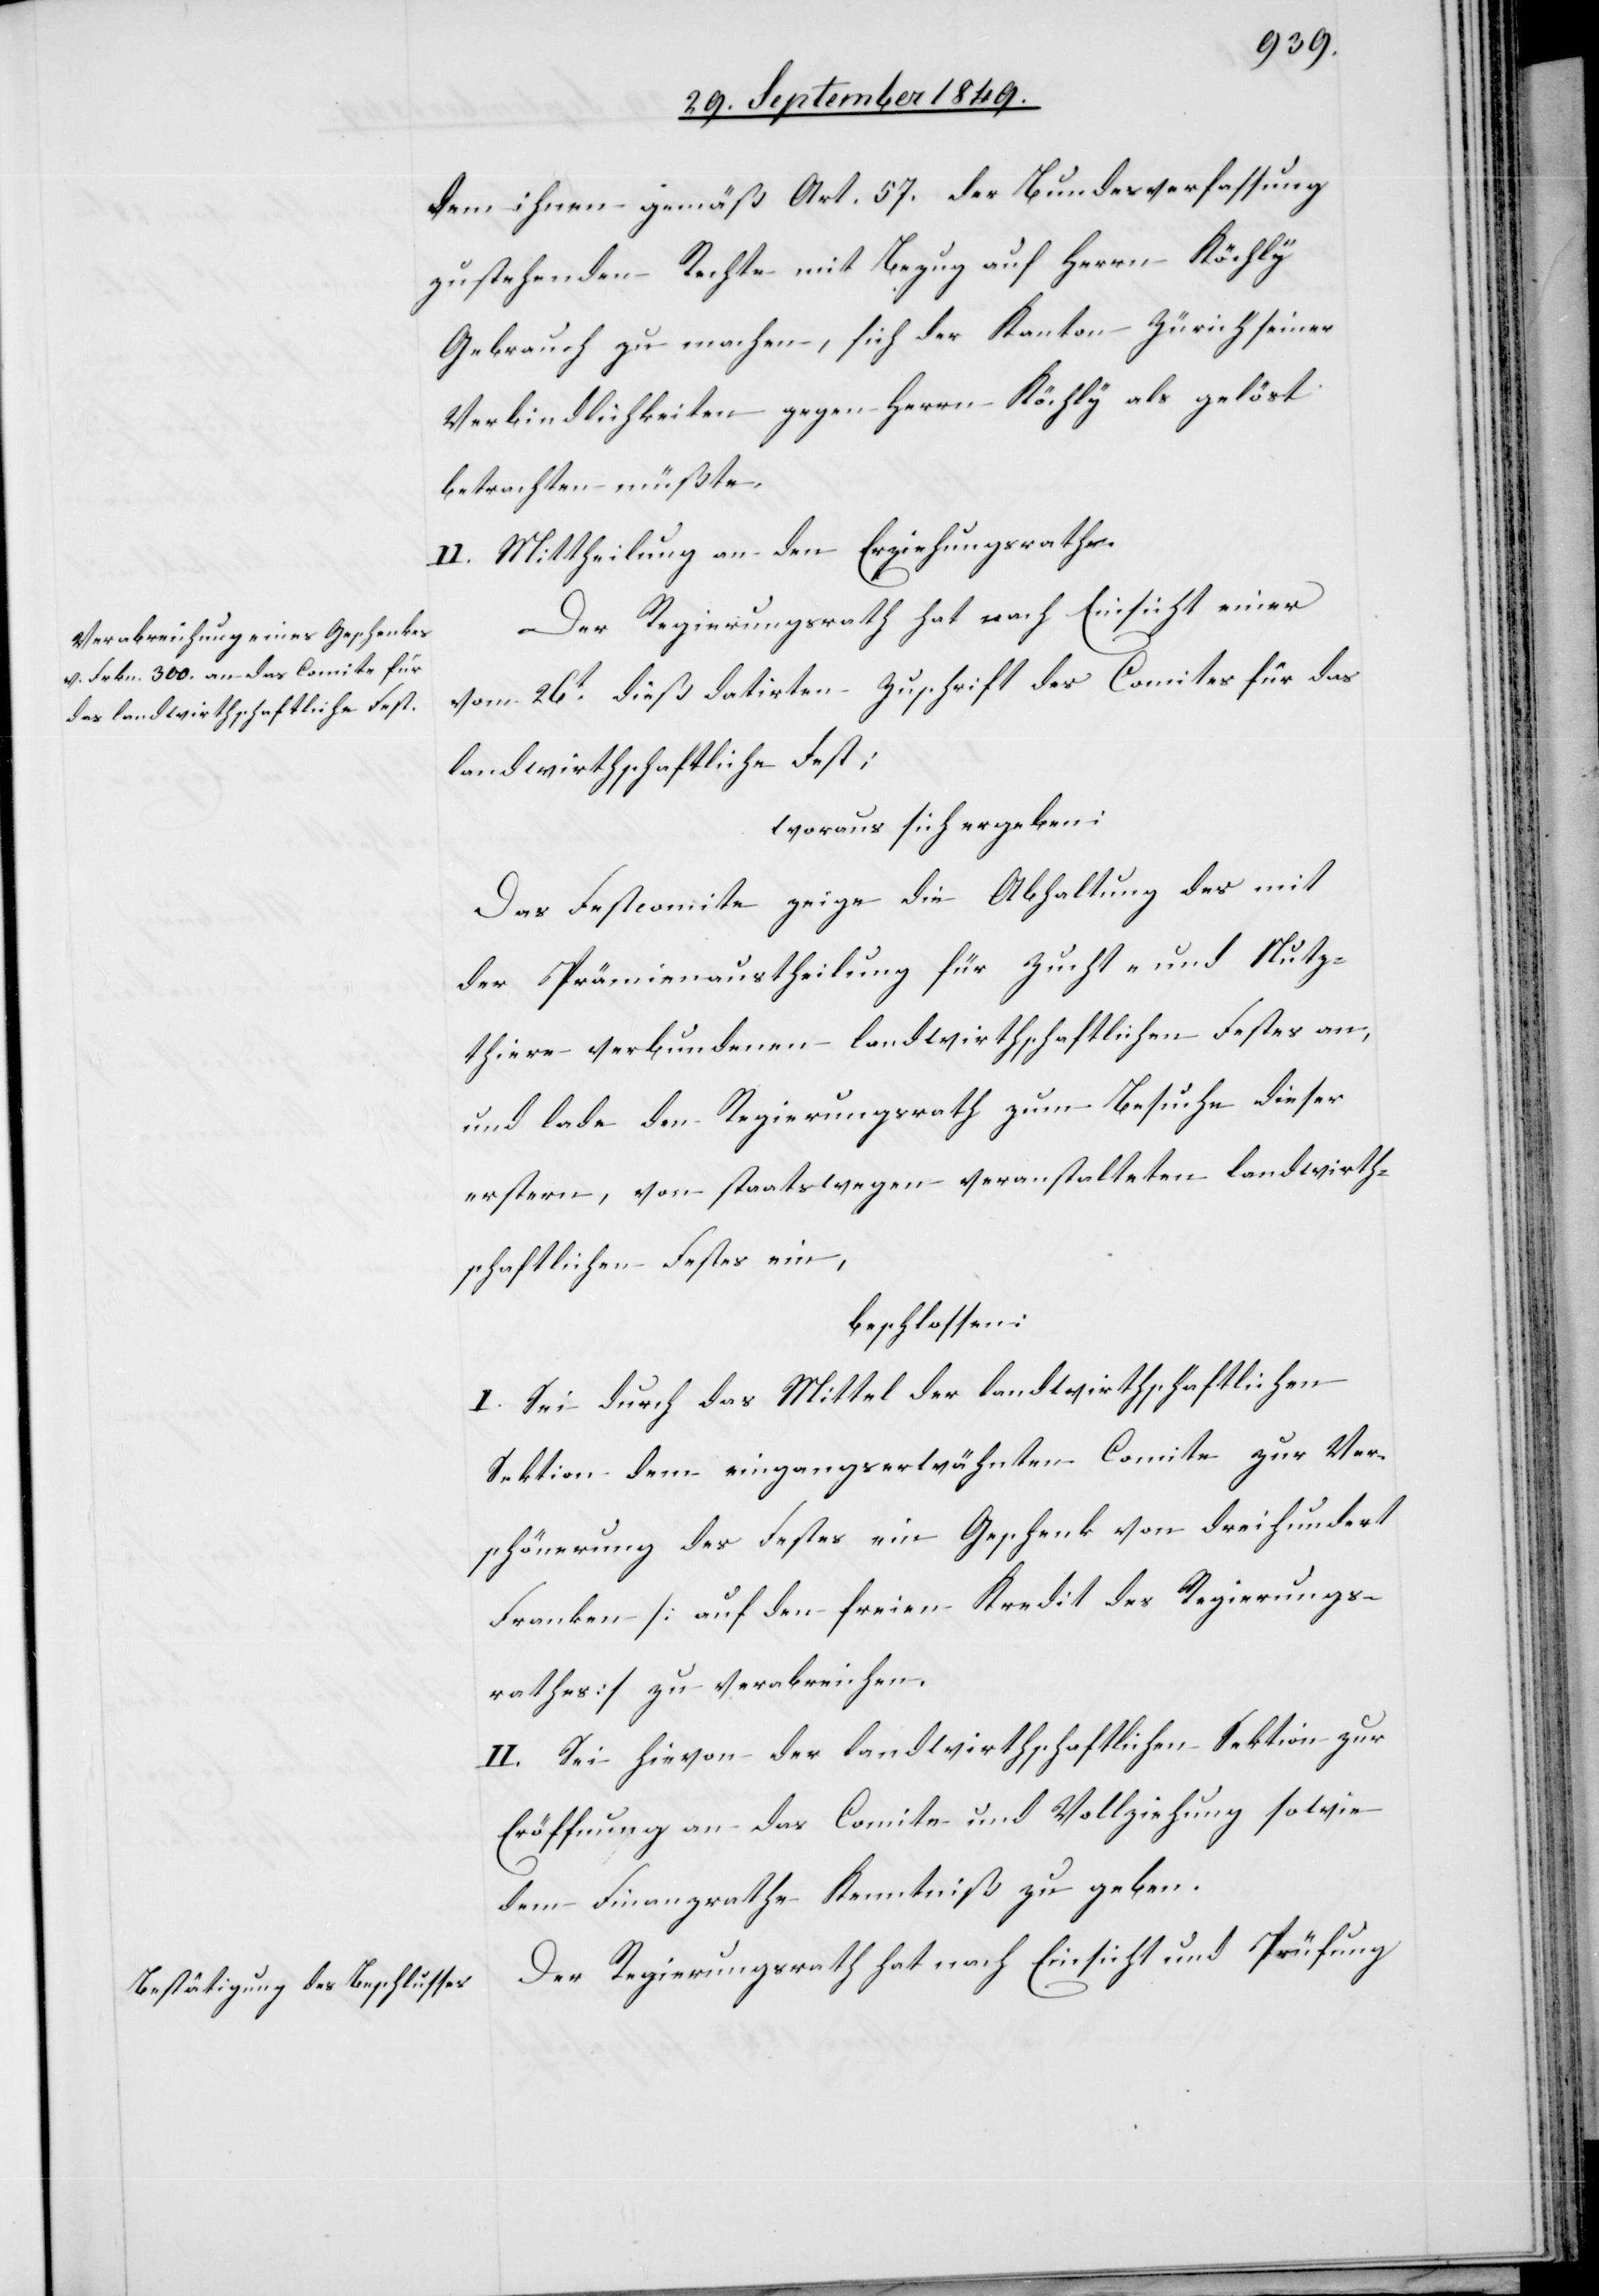
dem ihnen gemäß Art. 57. der Bundesverfassung
zustehenden Rechte mit Bezug auf Herrn Köchly
Gebrauch zu machen, sich der Kanton Zürich seiner
Verbindlichkeiten gegen Herrn Köchly als gelöst
betrachten müßte.
II. Mittheilung an den Erziehungsrathe.
Der Regierungsrath hat nach Einsicht einer
vom 26t dieß datirten Zuschrift des Comites für das
landwirthschaftliche Fest;
woraus sich ergeben:
Das Festcomite zeige die Abhaltung des mit
der Prämienaustheilung für Zucht- und Nutz¬
thiere verbundenen landwirthschaftlichen Festes an,
und lade den Regierungsrath zum Besuche dieser
erstern, von Staatswegen veranstalteten landwirth¬
schaftlichen Festes ein,
beschlossen:
I. Sei durch das Mittel der landwirthschaftlichen
Sektion dem eingangserwähnten Comite zur Ver¬
schönerung des Festes ein Geschenk von dreihundert
Franken [auf den freien Kredit des Regierungs¬
rathes] zu verabreichen.
II. Sei hievon der landwirthschaftlichen Sektion zur
Eröffnung an das Comite und Vollziehung sowie
dem Finanzrathe Kenntniß zu geben.
Der Regierungsrath hat nach Einsicht und Prüfung